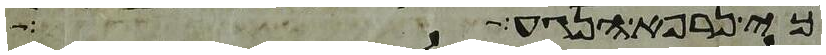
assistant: כי נרפא הנגע